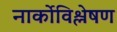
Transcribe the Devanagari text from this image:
नार्कोविश्लेषण